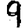
Digit: 9